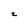
Character: 2